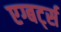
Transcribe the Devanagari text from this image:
एग्बर्ट्स